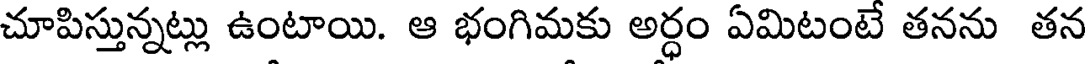
చూపిస్తున్నట్లు ఉంటాయి. ఆ భంగిమకు అర్ధం ఏమిటంటే తనను తన